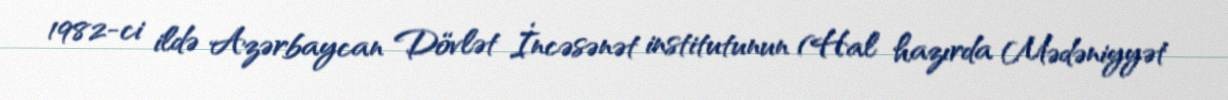
1982-ci ildə Azərbaycan Dövlət İncəsənət institutunun (Hal hazırda Mədəniyyət